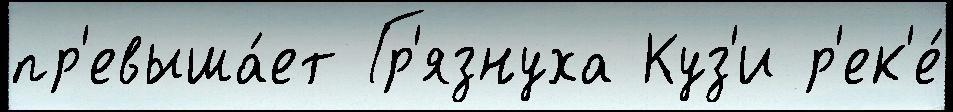
пр'евыша́ет Гр'язнуха Куз'и р'ек'е́